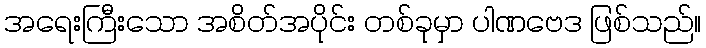
အရေးကြီးသော အစိတ်အပိုင်း တစ်ခုမှာ ပါဏဗေဒ ဖြစ်သည်။